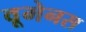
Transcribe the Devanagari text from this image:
वूमेनस